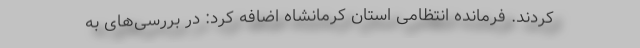
کردند. فرمانده انتظامی استان کرمانشاه اضافه کرد: در بررسی‌های به‌